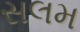
સલમ